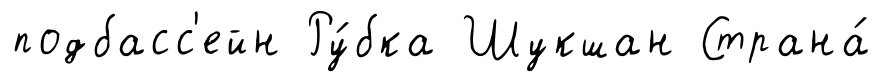
подбасс'ейн Ру́бка Шукшан Страна́